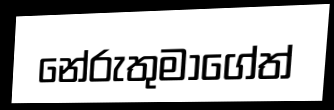
නේරුතුමාගේත්